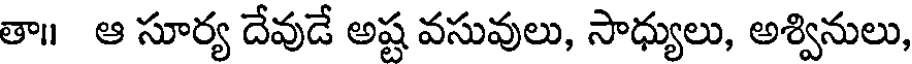
తా॥ ఆ సూర్య దేవుడే అష్ట వసువులు, సాధ్యులు, అశ్వినులు,